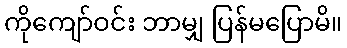
ကိုကျော်ဝင်း ဘာမျှ ပြန်မပြောမိ။